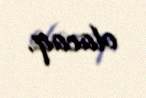
olacaq.